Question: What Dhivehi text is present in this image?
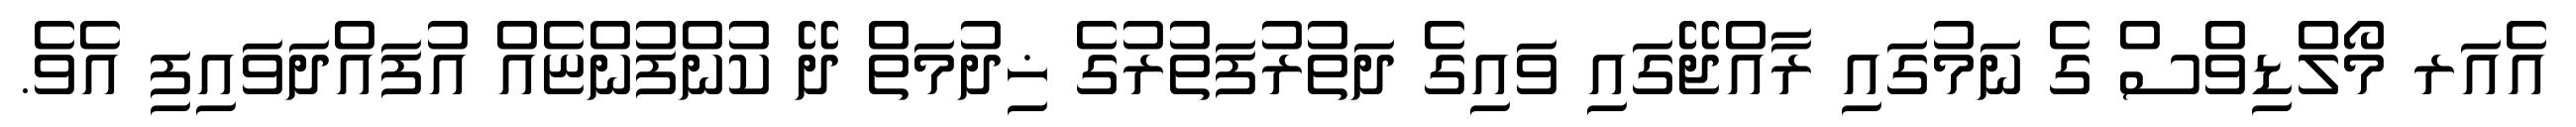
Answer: އެއަރ މޯލްޑިވްސް ގެ ނަމުގައި ރާއްޖޭގައި ވައިގެ ދަތުރުފަތުރުގެ ޚިދުމަތް ދޭ ކުންފުންޏެއް އުފައްދަވައިފި އެވެ.